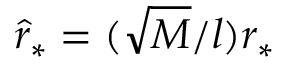
\hat { r } _ { * } = ( \sqrt { M } / l ) r _ { * }